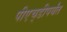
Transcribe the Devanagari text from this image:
पीएच्‌डीपर्यंत